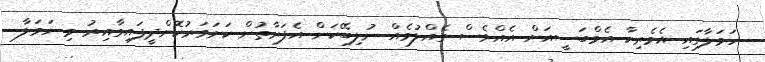
ހަމަލާގައި އެމެރިކާ އެމްބަސީއަށް އެއްވެސް ގެއްލުމެއް ނުލިބޭކަން އެފަރާތުން ކަށަވަރުކޮށްދީފައިވާއިރު މި ހަމަލާ